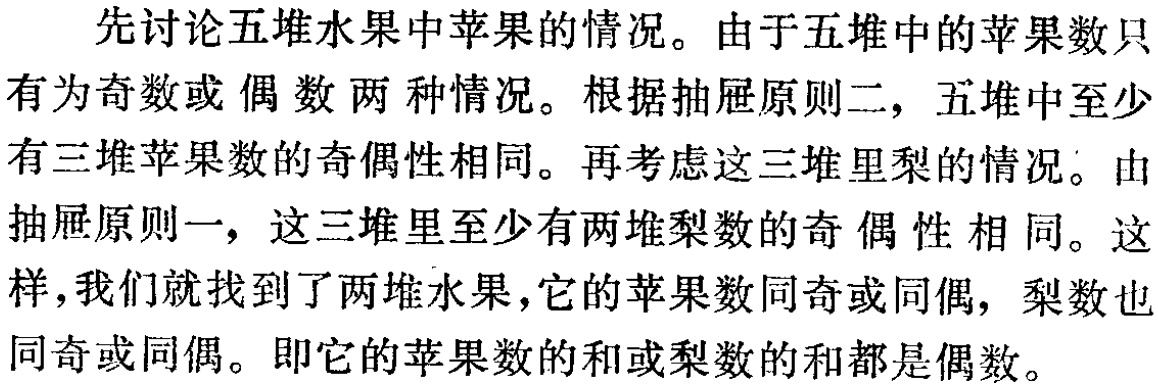
（1）至少有二个人相互不认识，那么，他们和甲就是三个相互不认识的人。